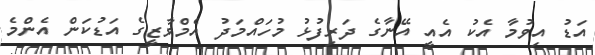
އަޑު އިވުމާ އެކު އެއީ އޭނާގެ ދަރިފުޅު މުހައްމަދު އެމްވާޒީގެ އަޑުކަން އެންމެ